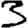
Digit: 3